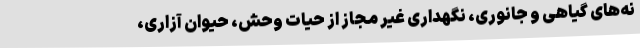
نه‌های گیاهی و جانوری، نگهداری غیر مجاز از حیات وحش، حیوان آزاری،